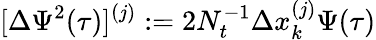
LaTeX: [\Delta\Psi^{2}(\tau)]^{(j)}:=2N_{t}^{-1}\Delta x_{k}^{(j)}\Psi(\tau)